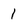
Character: i